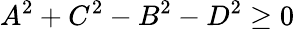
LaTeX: A^{2}+C^{2}-B^{2}-D^{2}\geq 0